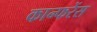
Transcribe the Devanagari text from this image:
कान्फरेंस